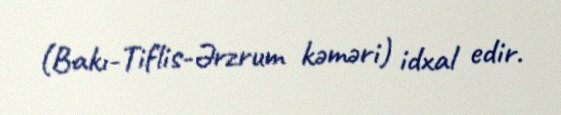
(Bakı-Tiflis-Ərzrum kəməri) idxal edir.